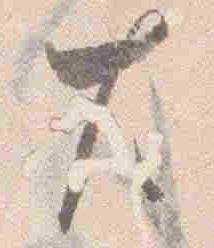
左